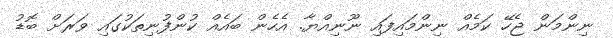
ނިންމަން ޖެހޭ ކަމެއް ނިންމައިފައި ނޫނިއްޔާ. އެހެން ބައެއް ކުންފުނިތަކުގައި ވަރަށް ބޮޑު